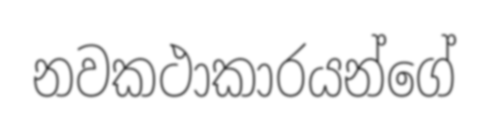
නවකථාකාරයන්ගේ